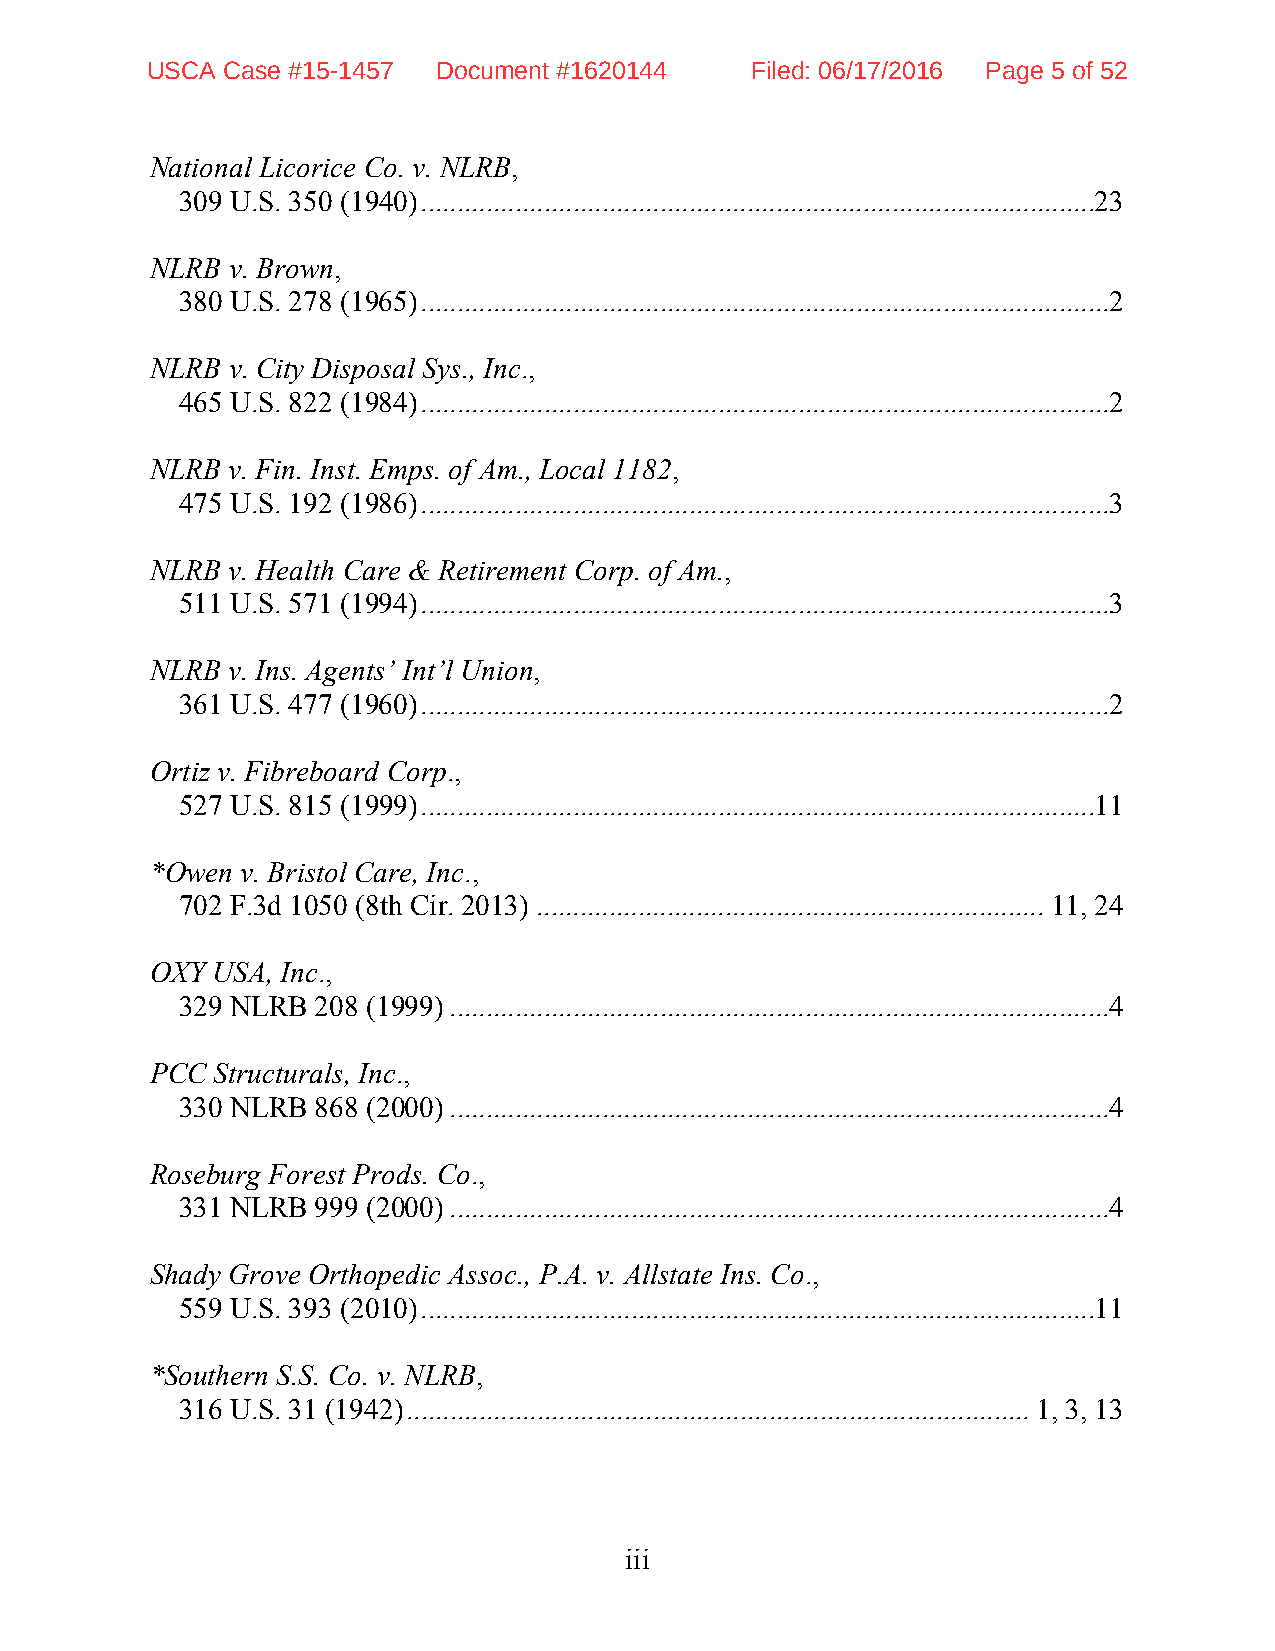
USCA Case #15-1457 Document #1620144    Filed: 06/17/2016 Page 5 of 52
 National Licorice Co. v. NLRB,
 309 U.S. 350 (1940) ............................................................................................. 23
 NLRB v. Brown,
 380 U.S. 278 (1965) ............................................................................................... 2
 NLRB v. City Disposal Sys., Inc.,
 465 U.S. 822 (1984) ............................................................................................... 2
 NLRB v. Fin. Inst. Emps. of Am., Local 1182,
 475 U.S. 192 (1986) ............................................................................................... 3
 NLRB v. Health Care & Retirement Corp. of Am.,
 511 U.S. 571 (1994) ............................................................................................... 3
 NLRB v. Ins. Agents’ Int’l Union,
 361 U.S. 477 (1960) ............................................................................................... 2
 Ortiz v. Fibreboard Corp.,
 527 U.S. 815 (1999) ............................................................................................. 11
 *Owen v. Bristol Care, Inc.,
 702 F.3d 1050 (8th Cir. 2013) ...................................................................... 11, 24
 OXY USA, Inc.,
 329 NLRB 208 (1999) ........................................................................................... 4
 PCC Structurals, Inc.,
 330 NLRB 868 (2000) ........................................................................................... 4
 Roseburg Forest Prods. Co.,
 331 NLRB 999 (2000) ........................................................................................... 4
 Shady Grove Orthopedic Assoc., P.A. v. Allstate Ins. Co.,
 559 U.S. 393 (2010) ............................................................................................. 11
 *Southern S.S. Co. v. NLRB,
 316 U.S. 31 (1942) ...................................................................................... 1, 3, 13
 iii